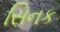
સિનક